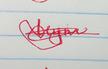
Signature authenticity: genuine